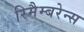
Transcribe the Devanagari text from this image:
रिमैम्बरेन्स